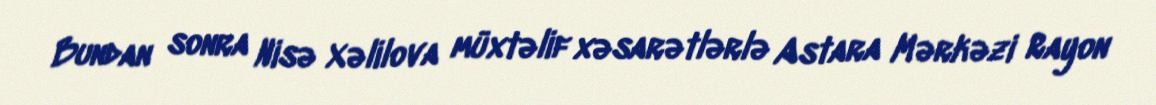
Bundan sonra Nisə Xəlilova müxtəlif xəsarətlərlə Astara Mərkəzi Rayon